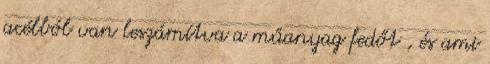
acélból van leszámítva a műanyag fedőt , és ami